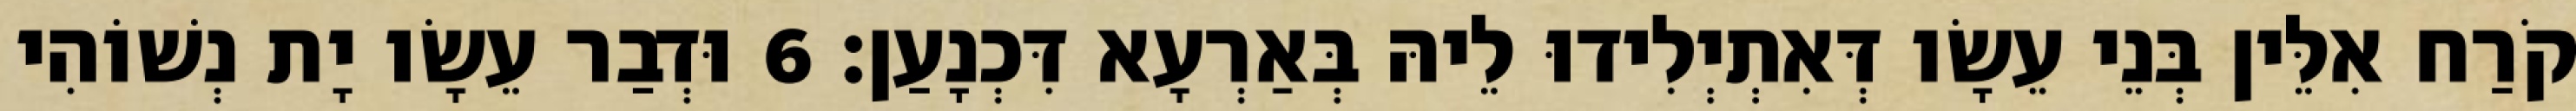
קֹרַח אִלֵּין בְּנֵי עֵשָׂו דְּאִתְיְלִידוּ לֵיהּ בְּאַרְעָא דִּכְנָעַן׃ 6 וּדְבַר עֵשָׂו יָת נְשׁוֹהִי